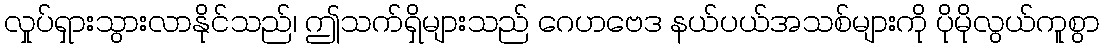
လှုပ်ရှားသွားလာနိုင်သည်၊ ဤသက်ရှိများသည် ဂေဟဗေဒ နယ်ပယ်အသစ်များကို ပိုမိုလွယ်ကူစွာ